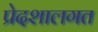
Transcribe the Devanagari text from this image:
प्रेदशालगत